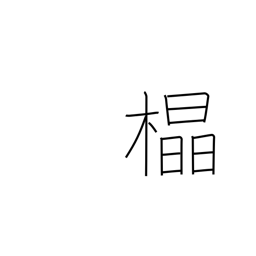
Meaning: straight grain